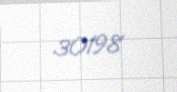
30198